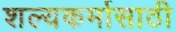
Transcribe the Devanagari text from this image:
शल्यकर्मासाठी